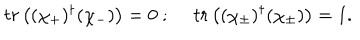
t r \left( ( \chi _ { + } ) ^ { \dagger } ( \chi _ { - } ) \right) = 0 ~ ; ~ ~ t r \left( ( \chi _ { \pm } ) ^ { \dagger } ( \chi _ { \pm } ) \right) = 1 .